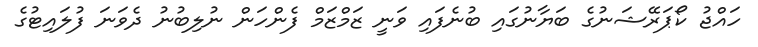
ހައްޖު ކޯޕަރޭޝަނުގެ ބަޔާނުގައި ބުނެފައި ވަނީ ޒަމްޒަމް ފެންހަން ނުލިބުނު ދެވަނަ ފުލައިޓުގެ